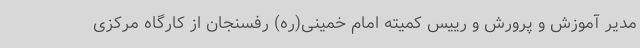
مدیر آموزش و پرورش و رییس کمیته امام خمینی(ره) رفسنجان از کارگاه مرکزی